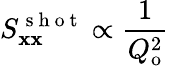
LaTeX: S_{\mathbf{x}\mathbf{x}}^{\mathrm{{~s~h~o~t~}}}\propto\frac{{1}}{{Q_{\mathrm{{o}}}^{2}}}